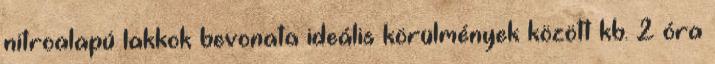
nitroalapú lakkok bevonata ideális körülmények között kb. 2 óra